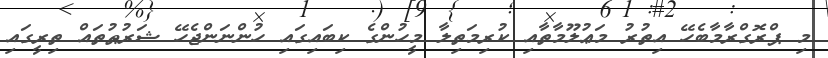
މި ޕްރޮގްރާމާބެހޭ އިތުރު މަޢުލޫމާތާއި ކުރިމަތިލާ މީހުންގެ ކިބައިގައި ހުންނަންޖެހޭ ޝަރުޠުތައް ތިރީގައި